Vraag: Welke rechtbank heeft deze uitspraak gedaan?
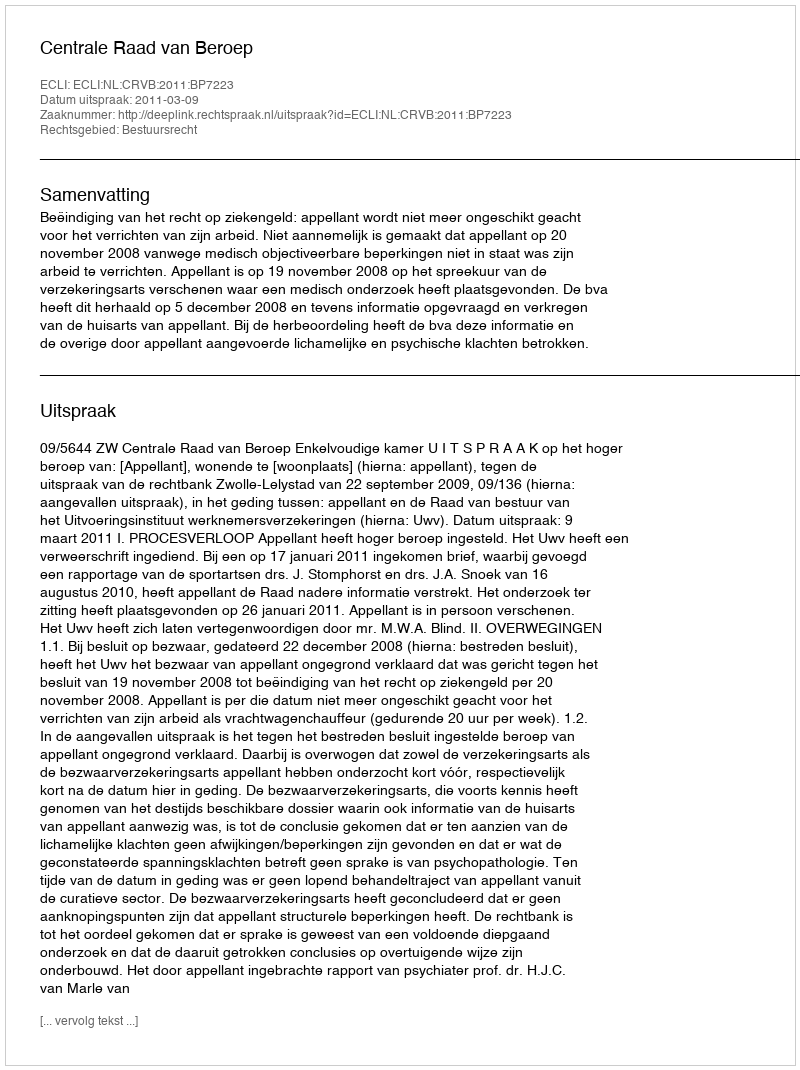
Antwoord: Centrale Raad van Beroep